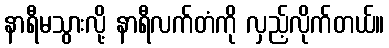
နာရီမသွားလို့ နာရီလက်တံကို လှည့်လိုက်တယ်။